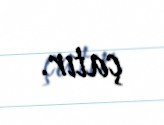
çatır.